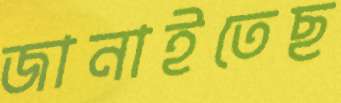
জানাইতেছ